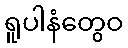
ရူပါနံတွေဝ